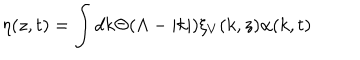
\eta ( z , t ) = \int d k \Theta ( \Lambda - | k | ) \xi _ { V } ( k , z ) \alpha ( k , t )